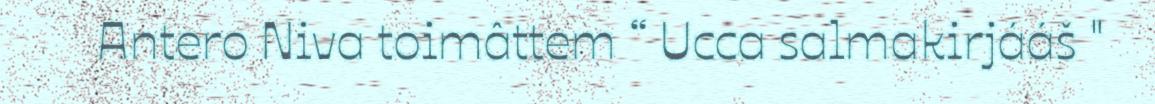
Antero Niva toimâttem “ Ucca salmakirjááš "